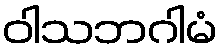
ဝါသဘဂါမံ